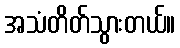
အသံတိတ်သွားတယ်။